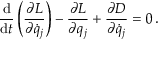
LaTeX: { \frac { \mathrm { d } } { \mathrm { d } t } } \left( { \frac { \partial L } { \partial { \dot { q } } _ { j } } } \right) - { \frac { \partial L } { \partial q _ { j } } } + { \frac { \partial D } { \partial { \dot { q } } _ { j } } } = 0 \, .